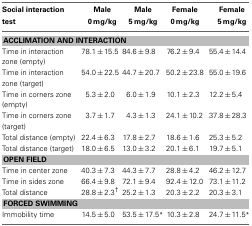
| Social interaction test | Male 0 mg/kg | Male 5 mg/kg | Female 0 mg/kg | Female 5 mg/kg |
 | --- | --- | --- | --- | --- |
 | <COLSPAN=5> ACCLIMATION AND INTERACTION |
 | Time in interaction zone (empty) | 78.1 ± 15.5 | 84.6 ± 9.8 | 76.2 ± 9.4 | 55.4 ± 14.4 |
 | Time in interaction zone (target) | 54.0 ± 22.5 | 44.7 ± 20.7 | 50.2 ± 23.8 | 55.0 ± 19.6 |
 | Time in corners zone (empty) | 5.3 ± 2.0 | 6.0 ± 1.9 | 10.1 ± 2.3 | 12.2 ± 5.4 |
 | Time in corners zone (target) | 3.7 ± 1.7 | 4.3 ± 1.3 | 24.1 ± 10.2 | 37.8 ± 28.3 |
 | Total distance (empty) | 22.4 ± 6.3 | 17.8 ± 2.7 | 18.6 ± 1.6 | 25.3 ± 5.2 |
 | Total distance (target) | 18.0 ± 6.5 | 13.0 ± 3.2 | 20.1 ± 6.1 | 19.7 ± 5.1 |
 | <COLSPAN=5> OPEN FIELD |
 | Time in center zone | 40.3 ± 7.3 | 44.3 ± 7.7 | 28.8 ± 4.2 | 46.2 ± 12.7 |
 | Time in sides zone | 66.4 ± 9.8 | 72.1 ± 9.4 | 92.4 ± 12.0 | 73.1 ± 11.2 |
 | Total distance | 28.8 ± 2.3† | 25.2 ± 1.3 | 20.3 ± 2.2 | 20.3 ± 3.1 |
 | <COLSPAN=5> FORCED SWIMMING |
 | Immobility time | 14.5 ± 5.0 | 53.5 ± 17.5* | 10.3 ± 2.8 | 24.7 ± 11.5* |